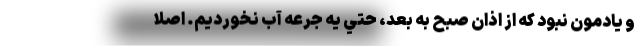
و يادمون نبود كه از اذان صبح به بعد، حتي يه جرعه آب نخورديم. اصلا